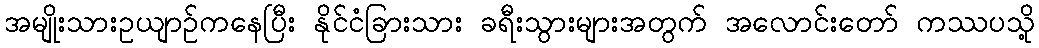
အမျိုးသားဥယျာဉ်ကနေပြီး နိုင်ငံခြားသား ခရီးသွားများအတွက် အလောင်းတော် ကဿပသို့